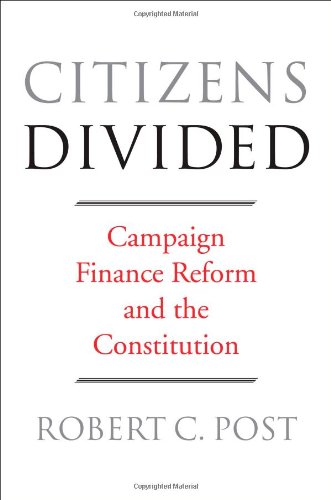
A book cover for Citizens Divided: Campaign Finance Reform and the Constitution (The Tanner Lectures on Human Values); Robert C. Post; Law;